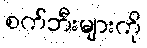
စက်ဘီးများကို